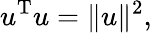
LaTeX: u^{\mathrm{T}}u=\| u\| ^{2},